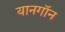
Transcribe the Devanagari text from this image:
यानगॉन